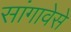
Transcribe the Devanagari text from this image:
सांगावेसे